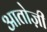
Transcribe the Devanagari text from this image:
आतोज़ी